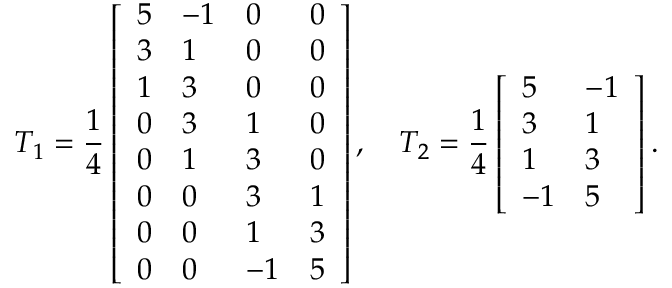
T _ { 1 } = \frac { 1 } { 4 } \left[ \begin{array} { l l l l } { 5 } & { - 1 } & { 0 } & { 0 } \\ { 3 } & { 1 } & { 0 } & { 0 } \\ { 1 } & { 3 } & { 0 } & { 0 } \\ { 0 } & { 3 } & { 1 } & { 0 } \\ { 0 } & { 1 } & { 3 } & { 0 } \\ { 0 } & { 0 } & { 3 } & { 1 } \\ { 0 } & { 0 } & { 1 } & { 3 } \\ { 0 } & { 0 } & { - 1 } & { 5 } \end{array} \right] , \quad T _ { 2 } = \frac { 1 } { 4 } \left[ \begin{array} { l l } { 5 } & { - 1 } \\ { 3 } & { 1 } \\ { 1 } & { 3 } \\ { - 1 } & { 5 } \end{array} \right] .